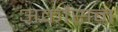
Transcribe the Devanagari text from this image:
अर्कांसन